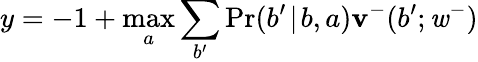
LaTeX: y=-1+\operatorname*{max}_{a}\sum_{b^{\prime}}\operatorname*{Pr}(b^{\prime}\! \mid\! b,a)\mathbf{v}^{-}(b^{\prime};\mathit{w}^{-})